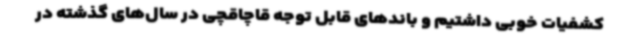
کشفیات خوبی داشتیم و باندهای قابل توجه قاچاقچی در سال‌های گذشته در